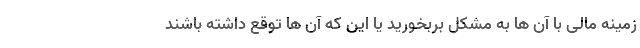
زمینه مالی با آن ها به مشکل بربخورید یا این که آن ها توقع داشته باشند